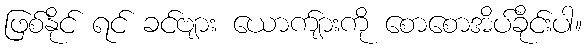
ဖြစ်နိုင် ရင် ခင်ဗျား ယောက်ျားကို စောစောအိပ်ခိုင်းပါ။